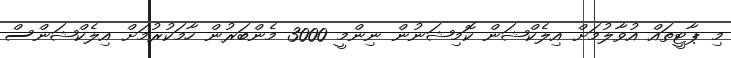
މި ޕާޓީތައް އުވާލުމަށް އިލެކްޝަން ކޮމިޝަނުން ނިންމީ 3000 މެންބަރުން ހާމަކުރުމަށް އިލެކްޝަންސް